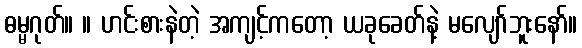
ဓမ္မဂုတ်။ ။ ဟင်းစားနဲတဲ့ အကျင့်ကတော့ ယခုခေတ်နဲ့ မလျော်ဘူးနော်။